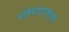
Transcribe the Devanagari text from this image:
पॉलिटेट्राफ्लुओर